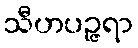
သီဟပဉ္ဇရာ